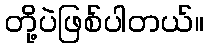
တို့ပဲဖြစ်ပါတယ်။